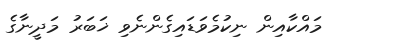
މައްކާއިން ނިކުމެވަޑައިގެންނެވި ޚަބަރު މަދީނާގެ